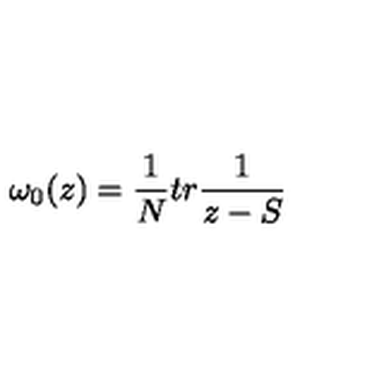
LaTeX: \omega _ { 0 } ( z ) = { \frac { 1 } { N } } t r { \frac { 1 } { z - S } }